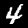
Digit: 4